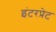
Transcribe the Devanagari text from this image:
इंटरप्रेट